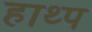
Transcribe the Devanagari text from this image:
हाथ्प